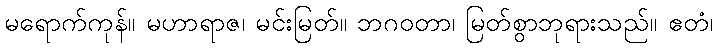
မရောက်ကုန်။ မဟာရာဇ၊ မင်းမြတ်။ ဘဂဝတာ၊ မြတ်စွာဘုရားသည်။ ဧတံ၊